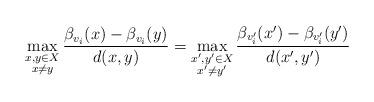
LaTeX: \begin{align*}\max_{\substack{x,y \in X\\x\ne y}} \frac{\beta_{v_i}(x) - \beta_{v_i}(y)}{d(x,y)} = \max_{\substack{x',y' \in X\\x' \ne y'}} \frac{\beta_{v_i'}(x') - \beta_{v_i'}(y')}{d(x',y')}\end{align*}